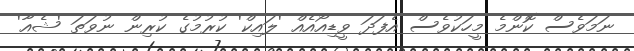
ނަމަވެސް ކޮންމެ މީހަކުވެސް އެފަދަ ވީޑިއޯއެއް 'ލައިކް' ކުރުމުގެ ކުރިން ނުވަތަ 'ޝެއާ'